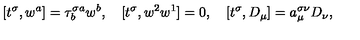
[ t ^ { \sigma } , w ^ { a } ] = \tau _ { b } ^ { \sigma a } w ^ { b } , \quad [ t ^ { \sigma } , w ^ { 2 } w ^ { 1 } ] = 0 , \quad [ t ^ { \sigma } , D _ { \mu } ] = a _ { \mu } ^ { \sigma \nu } D _ { \nu } ,